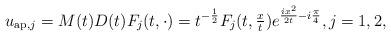
LaTeX: \begin{align*}u_{\mathrm{ap},j}=M(t)D(t)F_{j}(t,\cdot)=t^{-\frac12}F_{j}(t,\tfrac{x}{t})e^{\frac{ix^{2}}{2t}-i\frac{\pi}{4}},j=1,2,\end{align*}